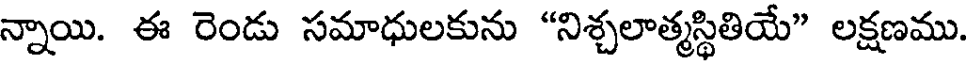
న్నాయి. ఈ రెండు సమాధులకును "నిశ్చలాత్మస్థితియే" లక్షణము.